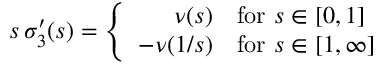
s \, \sigma _ { 3 } ^ { \prime } ( s ) = \left\{ \begin{array} { r l } { { \nu ( s ) } } & { { \mathrm { f o r ~ } s \in [ 0 , 1 ] } } \\ { { - \nu ( 1 / s ) } } & { { \mathrm { f o r ~ } s \in [ 1 , \infty ] } } \end{array} \right.